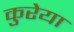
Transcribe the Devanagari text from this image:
कुरेया